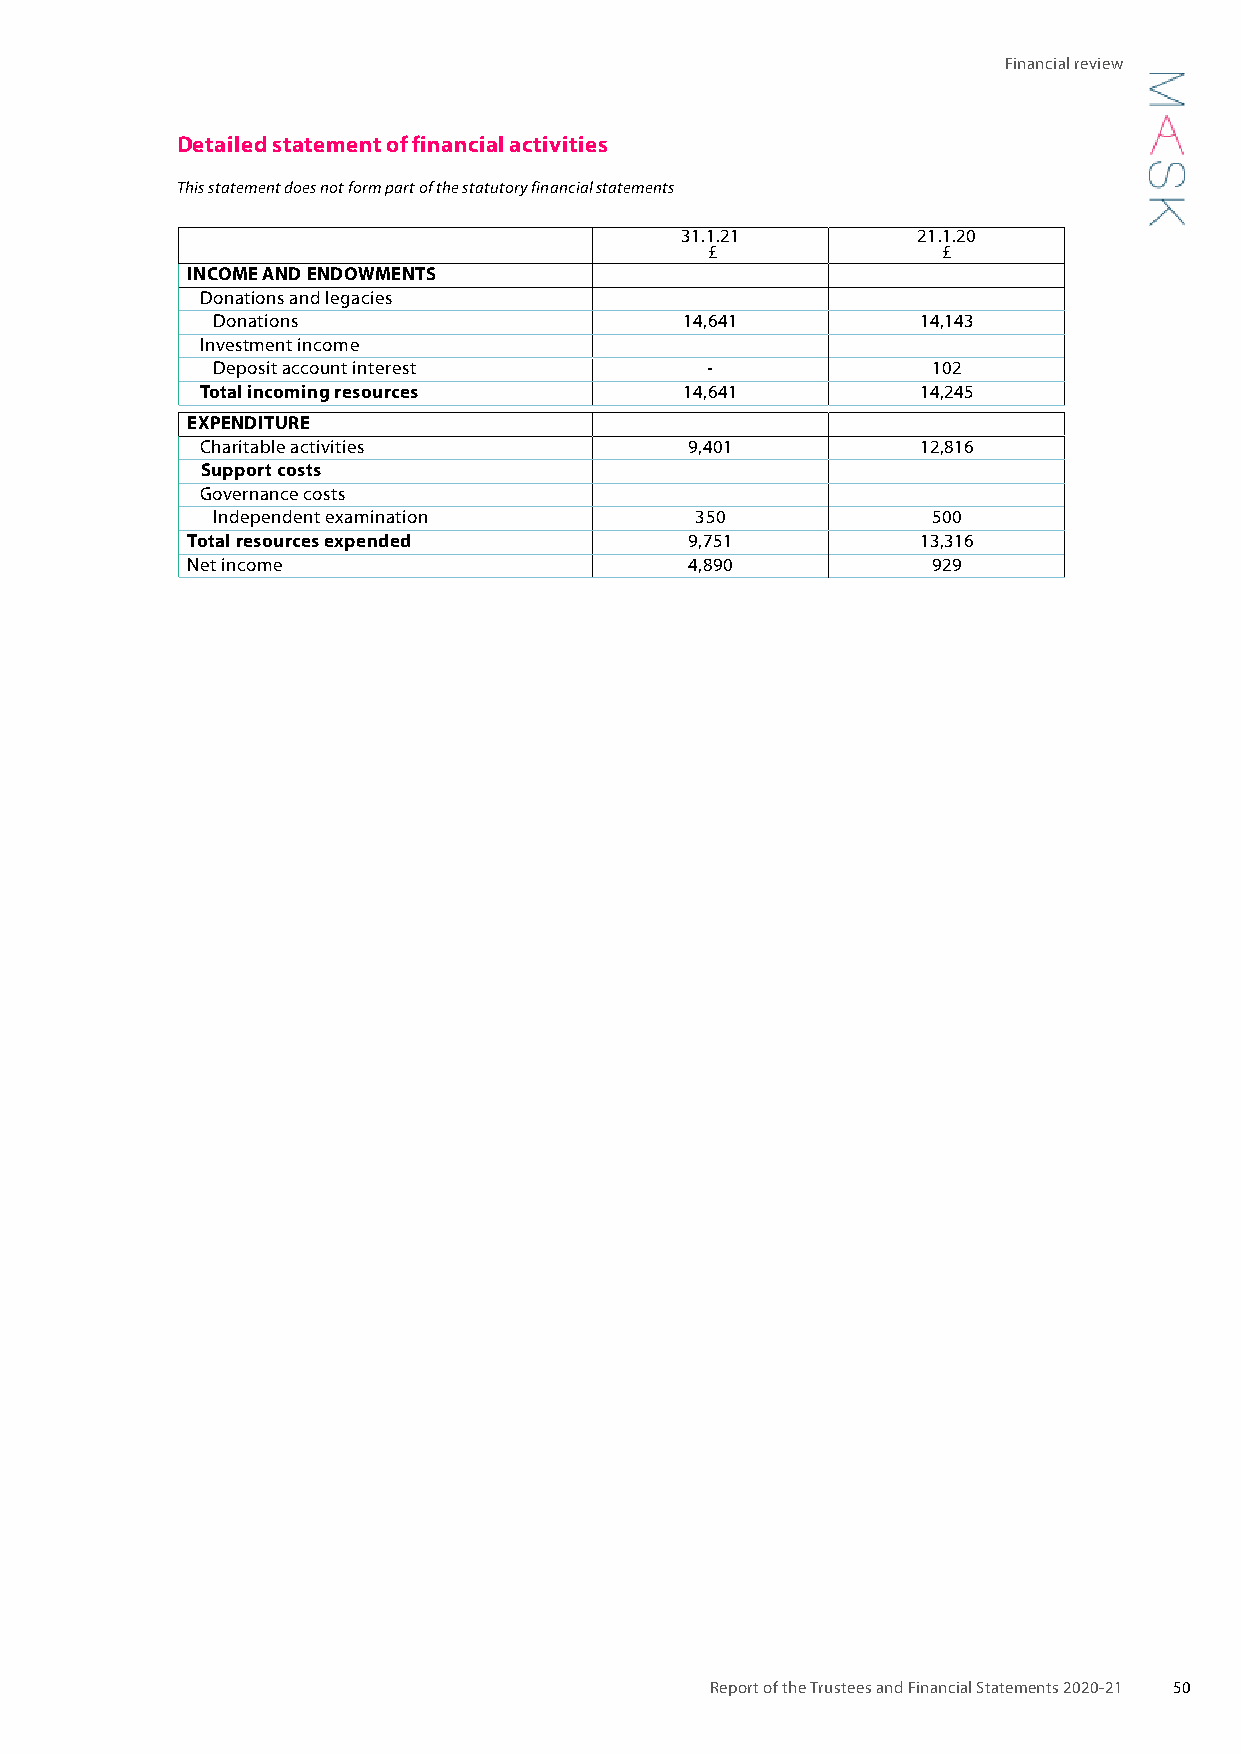
Financial review
 Detailed statement of financial activities
 This statement does not form part of the statutory financial statements
 31.1.21         21.1.20
 £              £
 INCOME AND ENDOWMENTS
 Donations and legacies
 Donations                      14,641          14,143
 Investment income
 Deposit account interest         -              102
 Total incoming resources        14,641          14,245
 EXPENDITURE
 Charitable activities            9,401          12,816
 Support costs
 Governance costs
 Independent examination         350             500
 Total resources expended          9,751          13,316
 Net income                        4,890           929
 Report of the Trustees and Financial Statements 2020-21 50